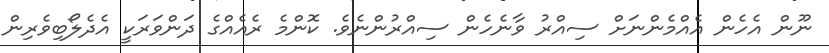
ނޫން އެހެން އެއްމެންނަށް ސިއްރު ވާނެހެން ސިއްރުންނެވެ. ކޮންމެ ރެއެއްގެ ދަންވަރަކީ އެދެލޯބިވެރިން